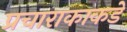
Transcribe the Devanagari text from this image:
प्रचाराकाकडे